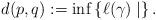
LaTeX: \begin{align*}d(p,q) := \inf\left\{\ell(\gamma) \mid \right\}.\end{align*}